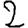
Digit: 2